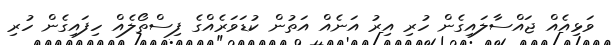
ވަޅިއެއް ޖައްސާލައިގެން ހުރި އިރު އަނެއް އަތުން ކުޑަވަރެއްގެ ފިސްތޯލެއް ހިފައިގެން ހުރި